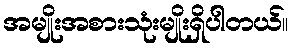
အမျိုးအစားသုံးမျိုးရှိပါတယ်။